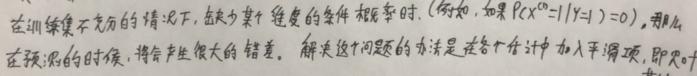
在训练集不充分的情况下，缺少某个维度的条件概率时（例如，如果 $P(X^0 = 1|Y = 1)=0$），那么在预测的时候，将会产生很大的错误。解决这个问题的办法是在各个估计中加入平滑项，即贝叶